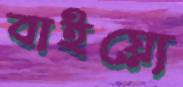
বাইয়্যে